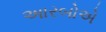
અારબોએ